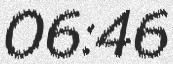
06:46